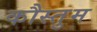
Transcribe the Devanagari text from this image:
कौस्तुम